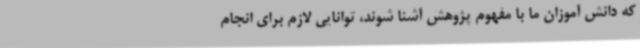
که دانش آموزان ما با مفهوم پژوهش آشنا شوند، توانایی لازم برای انجام